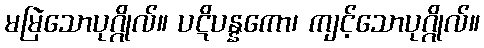
မမြဲသောပုဂ္ဂိုလ်။ ပဋိပန္နကော၊ ကျင့်သောပုဂ္ဂိုလ်။